Civil Veterinary Department Bengal reports 1923-33 - 1923-1933
Year: 1923
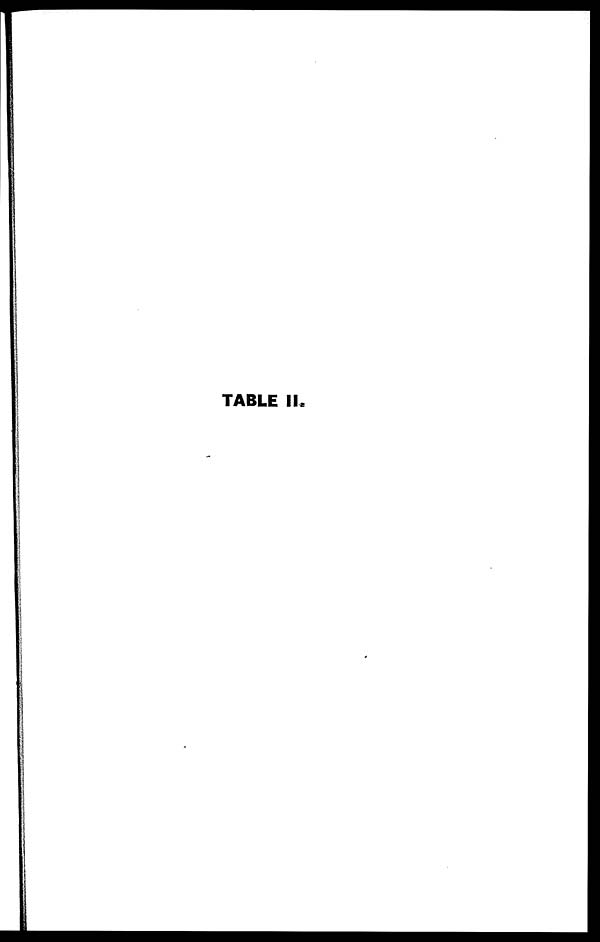
TABLE II.